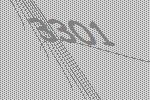
3301